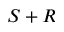
S + R